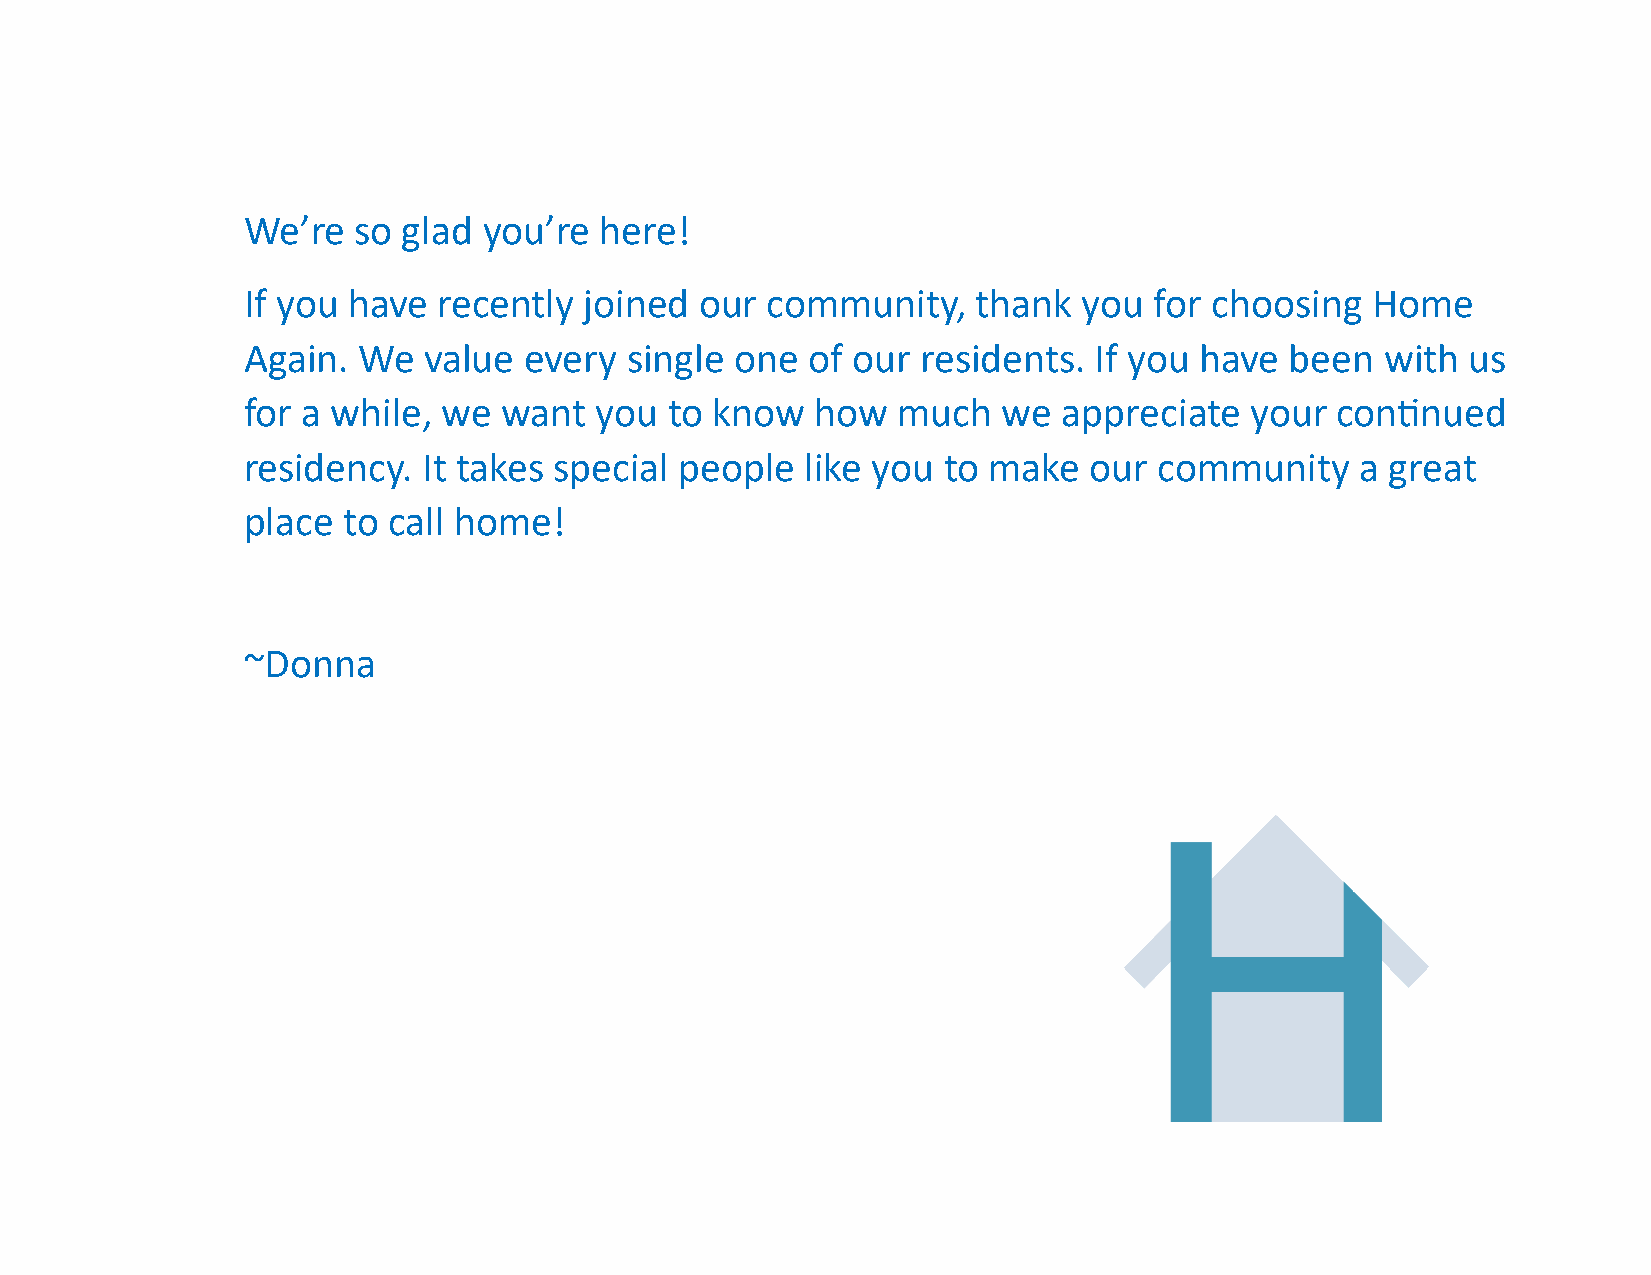
We’re  so  glad you’re  here!
 If you have  recently  joined our  community,    thank  you for choosing   Home
 Again.  We  value  every single  one of our  residents. If you have  been   with us
 for a while, we  want  you  to know   how  much   we  appreciate   your continued
 residency.  It takes special people  like you to make   our  community    a great
 place  to call home!
 ~Donna